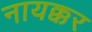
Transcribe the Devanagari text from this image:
नायक्कर